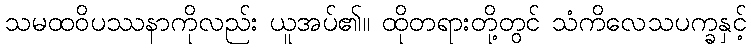
သမထဝိပဿနာကိုလည်း ယူအပ်၏။ ထိုတရားတို့တွင် သံကိလေသပက္ခနှင့်